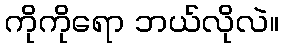
ကိုကိုရော ဘယ်လိုလဲ။